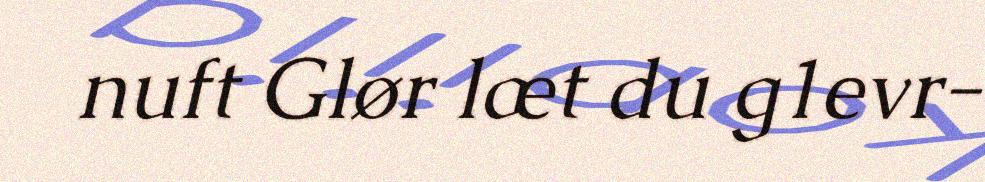
nuft Glør læt du g1evr-